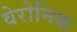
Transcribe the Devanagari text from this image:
वेरोनिक